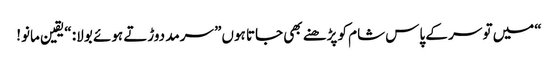
“میں تو سر کے پاس شام کو پڑھنے بھی جاتا ہوں” سرمد دوڑتے ہوئے بولا: “یقین مانو!